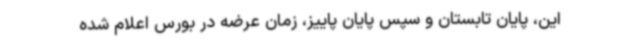
این، پایان تابستان و سپس پایان پاییز، زمان عرضه در بورس اعلام شده